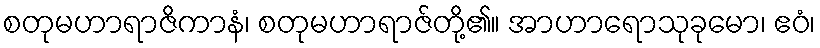
စတုမဟာရာဇိကာနံ၊ စတုမဟာရာဇ်တို့၏။ အာဟာရောသုခုမော၊ ဧဝံ၊